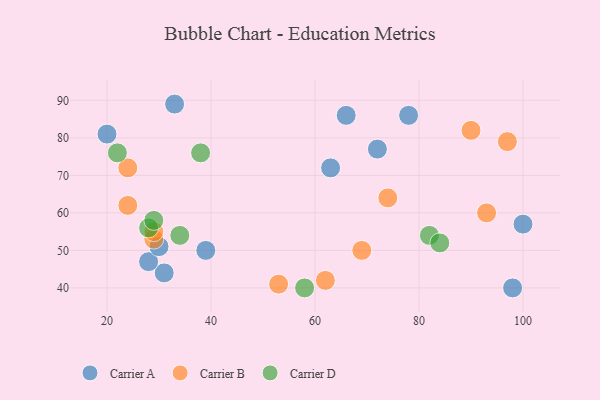
{"axis": {"x": "GDP", "y": "Life Expectancy"}, "legend": ["Carrier A", "Carrier B", "Carrier D"], "data": [{"x": "66", "y": 86, "type": "Carrier A"}, {"x": "39", "y": 50, "type": "Carrier A"}, {"x": "33", "y": 89, "type": "Carrier A"}, {"x": "31", "y": 44, "type": "Carrier A"}, {"x": "100", "y": 57, "type": "Carrier A"}, {"x": "98", "y": 40, "type": "Carrier A"}, {"x": "28", "y": 47, "type": "Carrier A"}, {"x": "78", "y": 86, "type": "Carrier A"}, {"x": "20", "y": 81, "type": "Carrier A"}, {"x": "30", "y": 51, "type": "Carrier A"}, {"x": "72", "y": 77, "type": "Carrier A"}, {"x": "63", "y": 72, "type": "Carrier A"}, {"x": "93", "y": 60, "type": "Carrier B"}, {"x": "29", "y": 53, "type": "Carrier B"}, {"x": "62", "y": 42, "type": "Carrier B"}, {"x": "90", "y": 82, "type": "Carrier B"}, {"x": "29", "y": 55, "type": "Carrier B"}, {"x": "74", "y": 64, "type": "Carrier B"}, {"x": "24", "y": 72, "type": "Carrier B"}, {"x": "24", "y": 62, "type": "Carrier B"}, {"x": "97", "y": 79, "type": "Carrier B"}, {"x": "53", "y": 41, "type": "Carrier B"}, {"x": "69", "y": 50, "type": "Carrier B"}, {"x": "28", "y": 56, "type": "Carrier D"}, {"x": "82", "y": 54, "type": "Carrier D"}, {"x": "34", "y": 54, "type": "Carrier D"}, {"x": "29", "y": 58, "type": "Carrier D"}, {"x": "38", "y": 76, "type": "Carrier D"}, {"x": "58", "y": 40, "type": "Carrier D"}, {"x": "22", "y": 76, "type": "Carrier D"}, {"x": "84", "y": 52, "type": "Carrier D"}]}